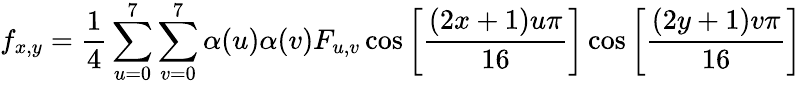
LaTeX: f_{x,y}={\frac{1}{4}}\sum_{u=0}^{7}\sum_{v=0}^{7}\alpha(u)\alpha(v)F_{u,v}\cos\left[{\frac{(2x+1)u\pi}{16}}\right]\cos\left[{\frac{(2y+1)v\pi}{16}}\right]